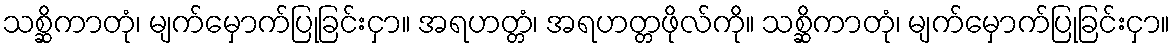
သစ္ဆိကာတုံ၊ မျက်မှောက်ပြုခြင်းငှာ။ အရဟတ္တံ၊ အရဟတ္တဖိုလ်ကို။ သစ္ဆိကာတုံ၊ မျက်မှောက်ပြုခြင်းငှာ။